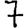
Digit: 7